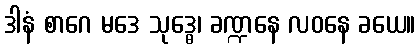
ဒါနံ စာဂေ မဒေ သုဒ္ဓေ၊ ခဏ္ဍနေ လဝနေ ခယေ။